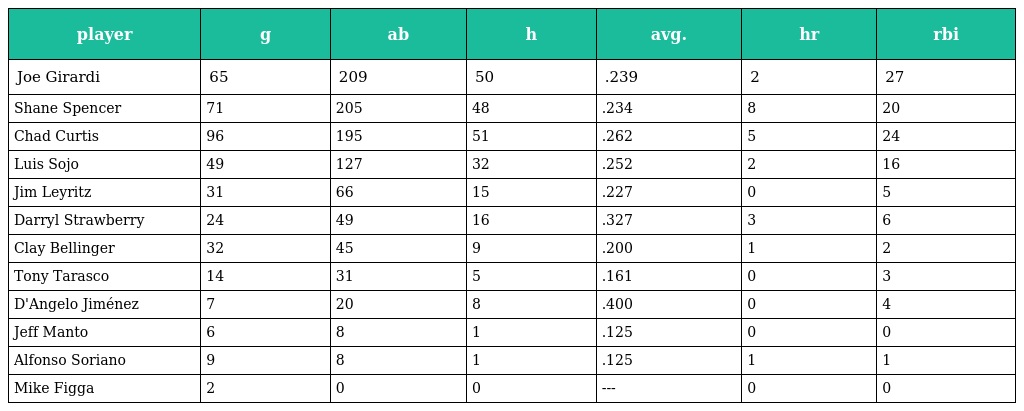
| player | g | ab | h | avg. | hr | rbi |
 | --- | --- | --- | --- | --- | --- | --- |
 | Joe Girardi | 65 | 209 | 50 | .239 | 2 | 27 |
 | Shane Spencer | 71 | 205 | 48 | .234 | 8 | 20 |
 | Chad Curtis | 96 | 195 | 51 | .262 | 5 | 24 |
 | Luis Sojo | 49 | 127 | 32 | .252 | 2 | 16 |
 | Jim Leyritz | 31 | 66 | 15 | .227 | 0 | 5 |
 | Darryl Strawberry | 24 | 49 | 16 | .327 | 3 | 6 |
 | Clay Bellinger | 32 | 45 | 9 | .200 | 1 | 2 |
 | Tony Tarasco | 14 | 31 | 5 | .161 | 0 | 3 |
 | D'Angelo Jiménez | 7 | 20 | 8 | .400 | 0 | 4 |
 | Jeff Manto | 6 | 8 | 1 | .125 | 0 | 0 |
 | Alfonso Soriano | 9 | 8 | 1 | .125 | 1 | 1 |
 | Mike Figga | 2 | 0 | 0 | --- | 0 | 0 |